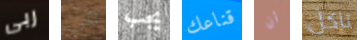
ربى في يجب قناعك أن تاكل